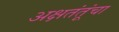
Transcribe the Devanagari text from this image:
अक्षतंतूंचा